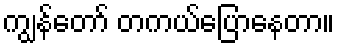
ကျွန်တော် တကယ်ပြောနေတာ။